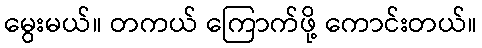
မွေးမယ်။ တကယ် ကြောက်ဖို့ ကောင်းတယ်။